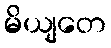
မိယျတေ